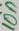
Text: 10n